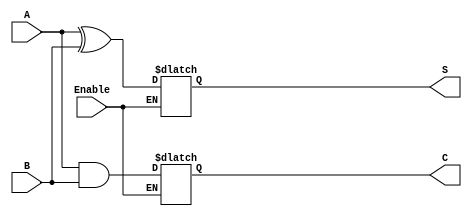
module Conditional_Half_Adder (
    input wire A,            // First input bit
    input wire B,            // Second input bit
    input wire Enable,       // Control signal for enabling addition
    output reg S,            // Sum output
    output reg C             // Carry output
);

// Always block to compute the output based on the Enable signal
always @(*) begin
    // Check if Enable is HIGH
    if (Enable) begin
        S = A ^ B;          // Compute the sum (XOR operation)
        C = A & B;          // Compute the carry (AND operation)
    end else begin
        // Retain previous states of S and C
        // For this to work, S and C need to remember their previous state.
        // In a simulation, we can assume they hold their values unless explicitly changed.
    end
end

endmodule